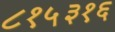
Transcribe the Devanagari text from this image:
८१५३१६